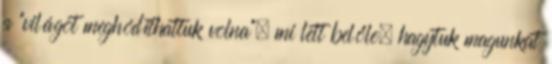
a “világot meghódíthattuk volna”, mi lett belőle, hagytuk magunkat